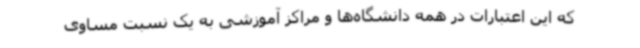
که این اعتبارات در همه دانشگاه‌ها و مراکز آموزشی به یک نسبت مساوی